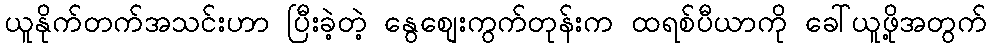
ယူနိုက်တက်အသင်းဟာ ပြီးခဲ့တဲ့ နွေစျေးကွက်တုန်းက ထရစ်ပီယာကို ခေါ်ယူဖို့အတွက်